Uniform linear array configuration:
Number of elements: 32
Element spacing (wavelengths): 0.75
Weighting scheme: exponential
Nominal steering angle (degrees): -15
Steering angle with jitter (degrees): -13.527
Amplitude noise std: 0.05
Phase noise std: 0.05

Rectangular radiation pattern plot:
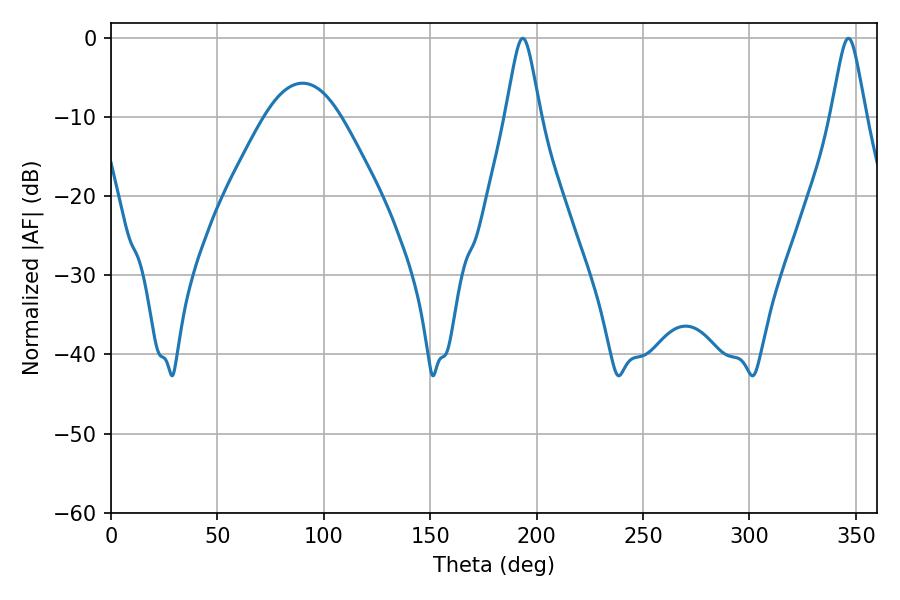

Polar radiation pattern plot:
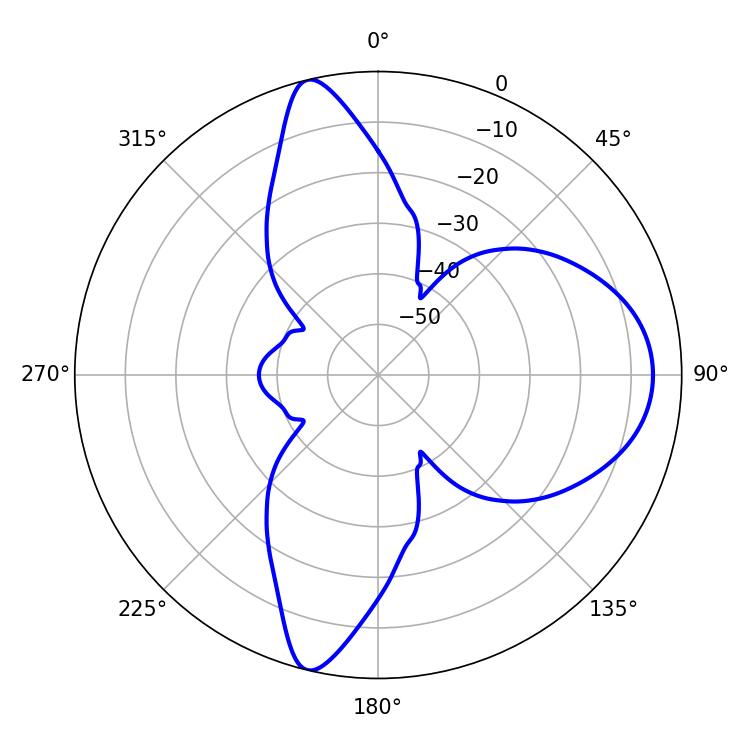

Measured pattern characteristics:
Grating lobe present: TRUE
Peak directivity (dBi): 14.258
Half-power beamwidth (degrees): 7.92
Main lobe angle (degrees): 193.5